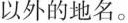
以外的地名。